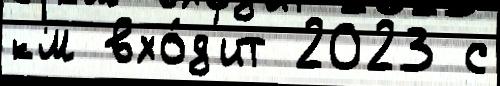
км вхо́д'ит 2023 с